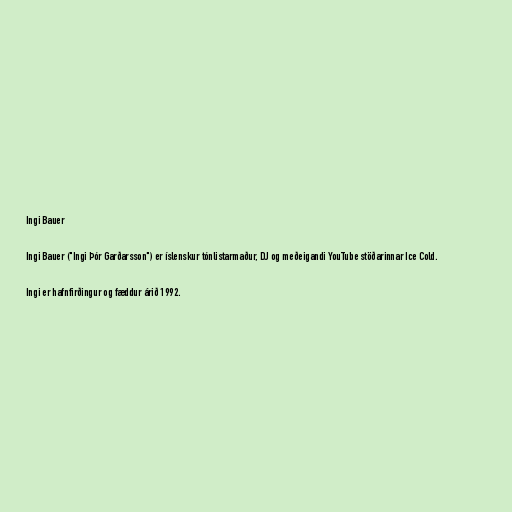
Ingi Bauer

Ingi Bauer ("Ingi Þór Garðarsson") er íslenskur tónlistarmaður, DJ og meðeigandi YouTube stöðarinnar Ice Cold.

Ingi er hafnfirðingur og fæddur árið 1992.